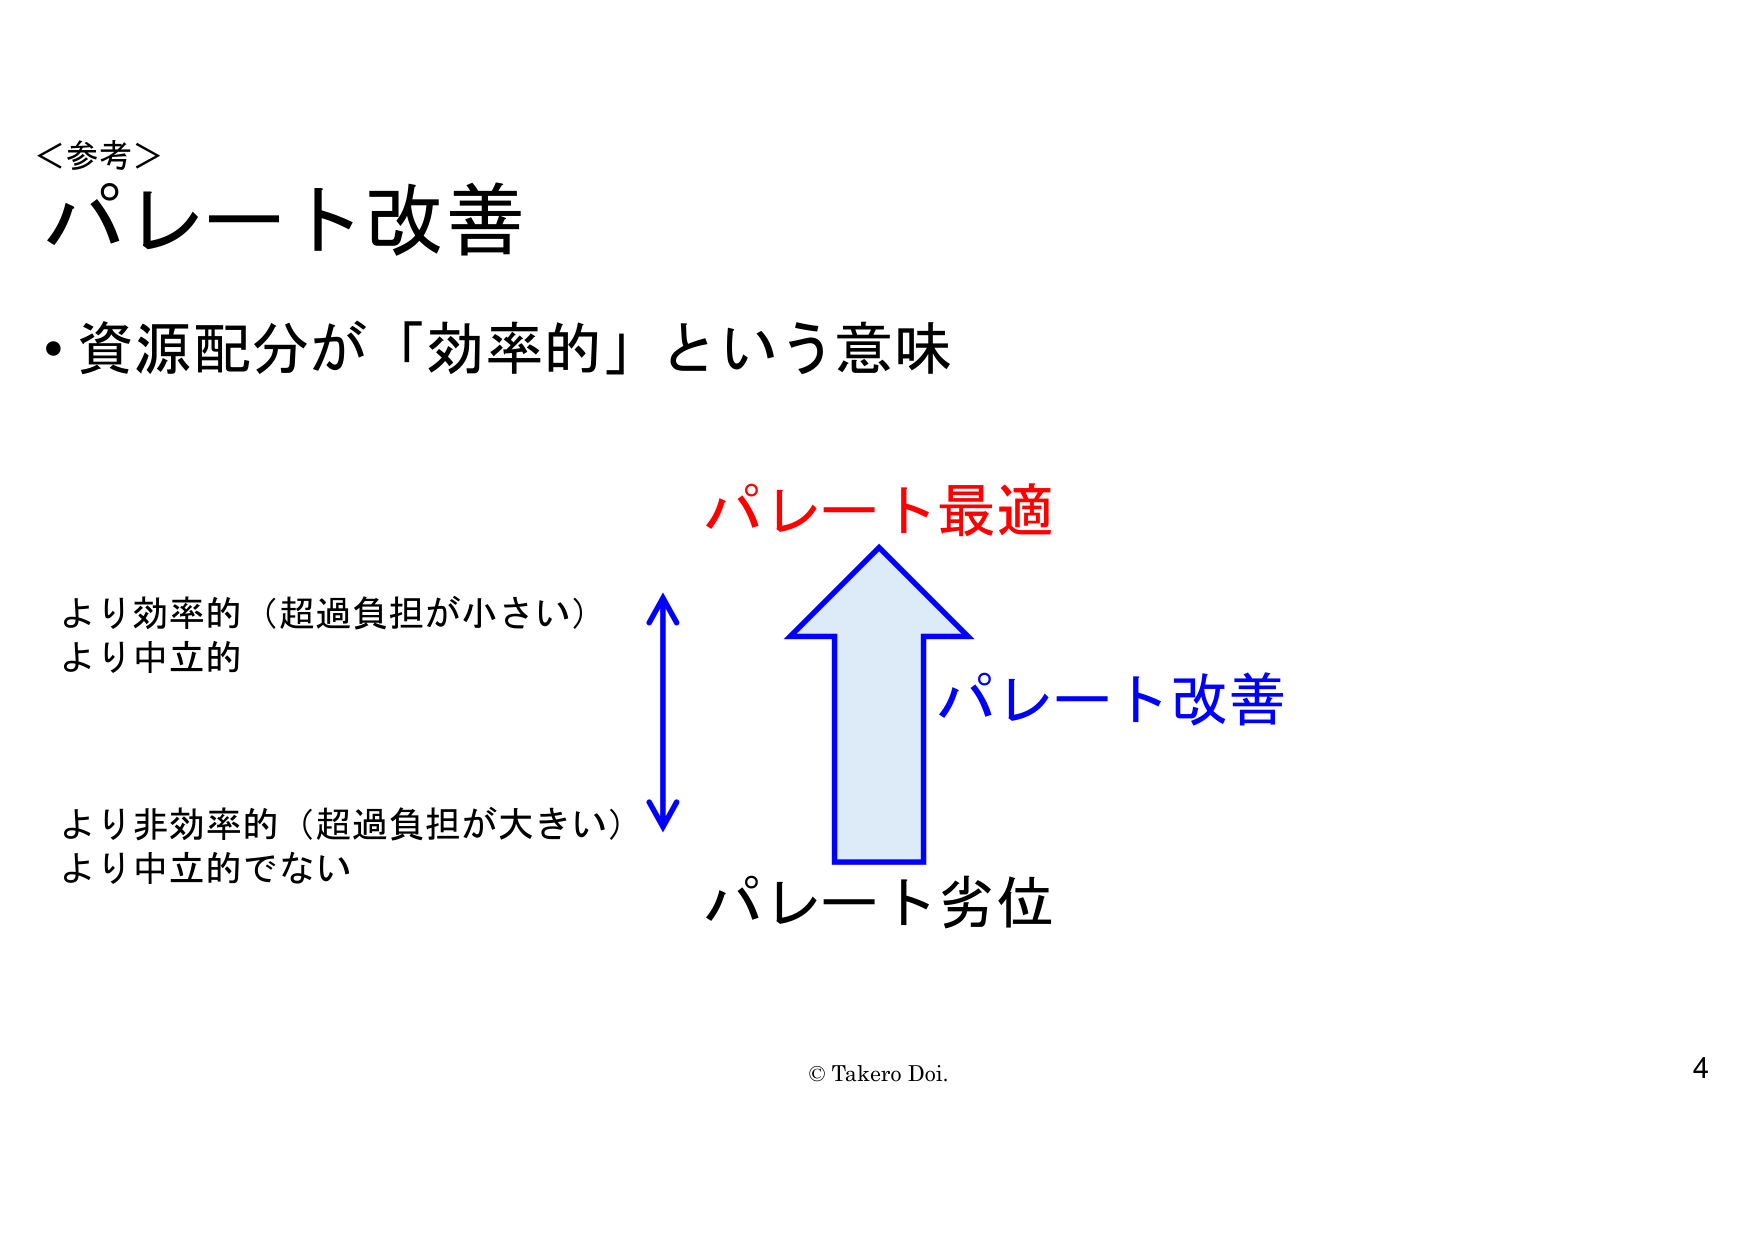
＜参考＞
パレート改善
・資源配分が「効率的」という意味

より効率的（超過負担が小さい）
より中立的

より非効率的（超過負担が大きい）
より中立的でない

パレート最適
パレート改善
パレート劣位

© Takero Doi.
4